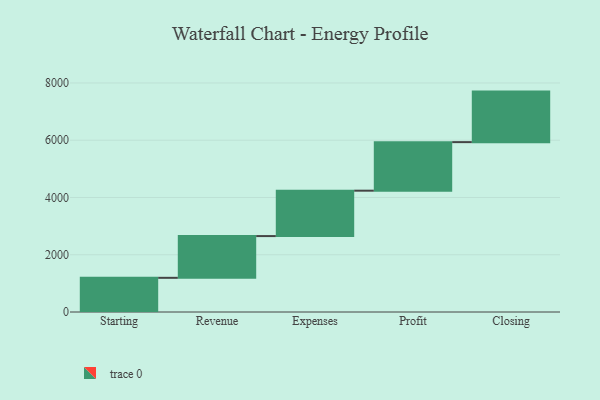
{"axis": {"x": "Step", "y": "Value"}, "legend": [""], "data": [{"x": "Starting", "y": 1194.0, "type": ""}, {"x": "Revenue", "y": 1458.0, "type": ""}, {"x": "Expenses", "y": 1586.0, "type": ""}, {"x": "Profit", "y": 1696.0, "type": ""}, {"x": "Closing", "y": 1765.0, "type": ""}]}